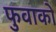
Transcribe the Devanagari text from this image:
फुवाको